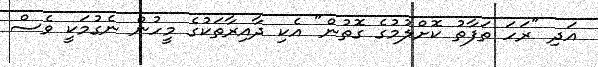
އަދި "ރަހަ ތަފާތު ކޮށްލުމުގެ ގޮތުން" އެކި ދާއިރާތަކުގެ މީހުން ނެގުމަކީ ވެސް